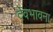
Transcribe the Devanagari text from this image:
देवभावना